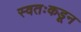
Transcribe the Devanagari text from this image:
स्वतःकडून